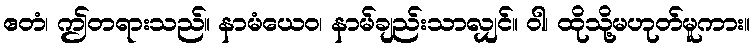
ဧတံ၊ ဤတရားသည်။ နာမံယေဝ၊ နာမ်ချည်းသာလျှင်။ ဝါ၊ ထိုသို့မဟုတ်မူကား။